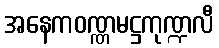
အနေကဝဏ္ဏမဋ္ဌကုဏ္ဍလီ